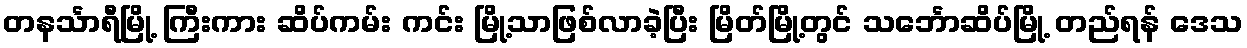
တနင်္သာရီမြို့ ကြီးကား ဆိပ်ကမ်း ကင်း မြို့သာဖြစ်လာခဲ့ပြီး မြိတ်မြို့တွင် သင်္ဘောဆိပ်မြို့ တည်ရန် ဒေသ